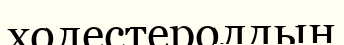
холестеролдың